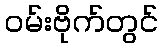
ဝမ်းဗိုက်တွင်